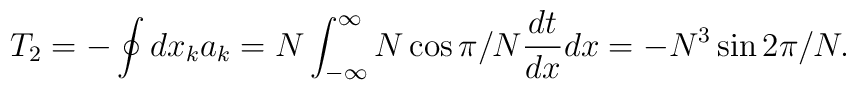
T_2 = - \oint dx_k a_k = N \int_{-\infty}^{\infty} N \cos\pi/N \frac{dt}{dx} dx=-N^3 \sin 2\pi/N.